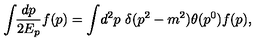
\int \! \! \frac { d p } { 2 E _ { p } } f ( p ) = \int \! d ^ { 2 } p \ \delta ( p ^ { 2 } - m ^ { 2 } ) \theta ( p ^ { 0 } ) f ( p ) ,